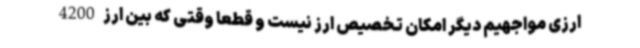
ارزی مواجهیم دیگر امکان تخصیص ارز نیست و قطعا وقتی که بین ارز 4200